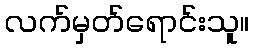
လက်မှတ်ရောင်းသူ။